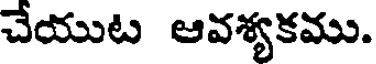
చేయుట ఆవశ్యకము.